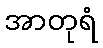
အာတုရံ